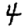
Digit: 4